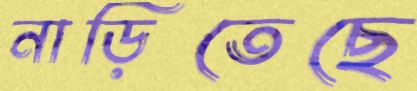
নাড়িতেছে